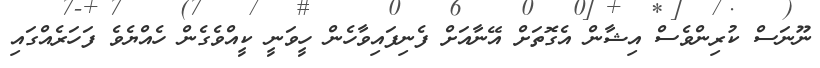
ނޫނަސް ކުރިންވެސް އިޝާން އެގޮތަށް އޭނާއަށް ފެނިފައިވާހެން ހީވަނީ ކީއްވެގެން ހެއްޔެވެ ފަހަރެއްގައި